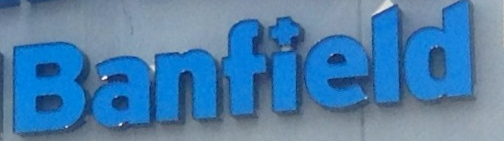
Banfield